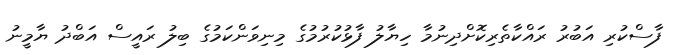
ފާސްކުރި އަބުރު ރައްކާތެރިކޮށްދިނުމާ ހިޔާލު ފާޅުކުރުމުގެ މިނިވަންކަމުގެ ބިލު ރައީސް އަބްދު ޔާމީނު